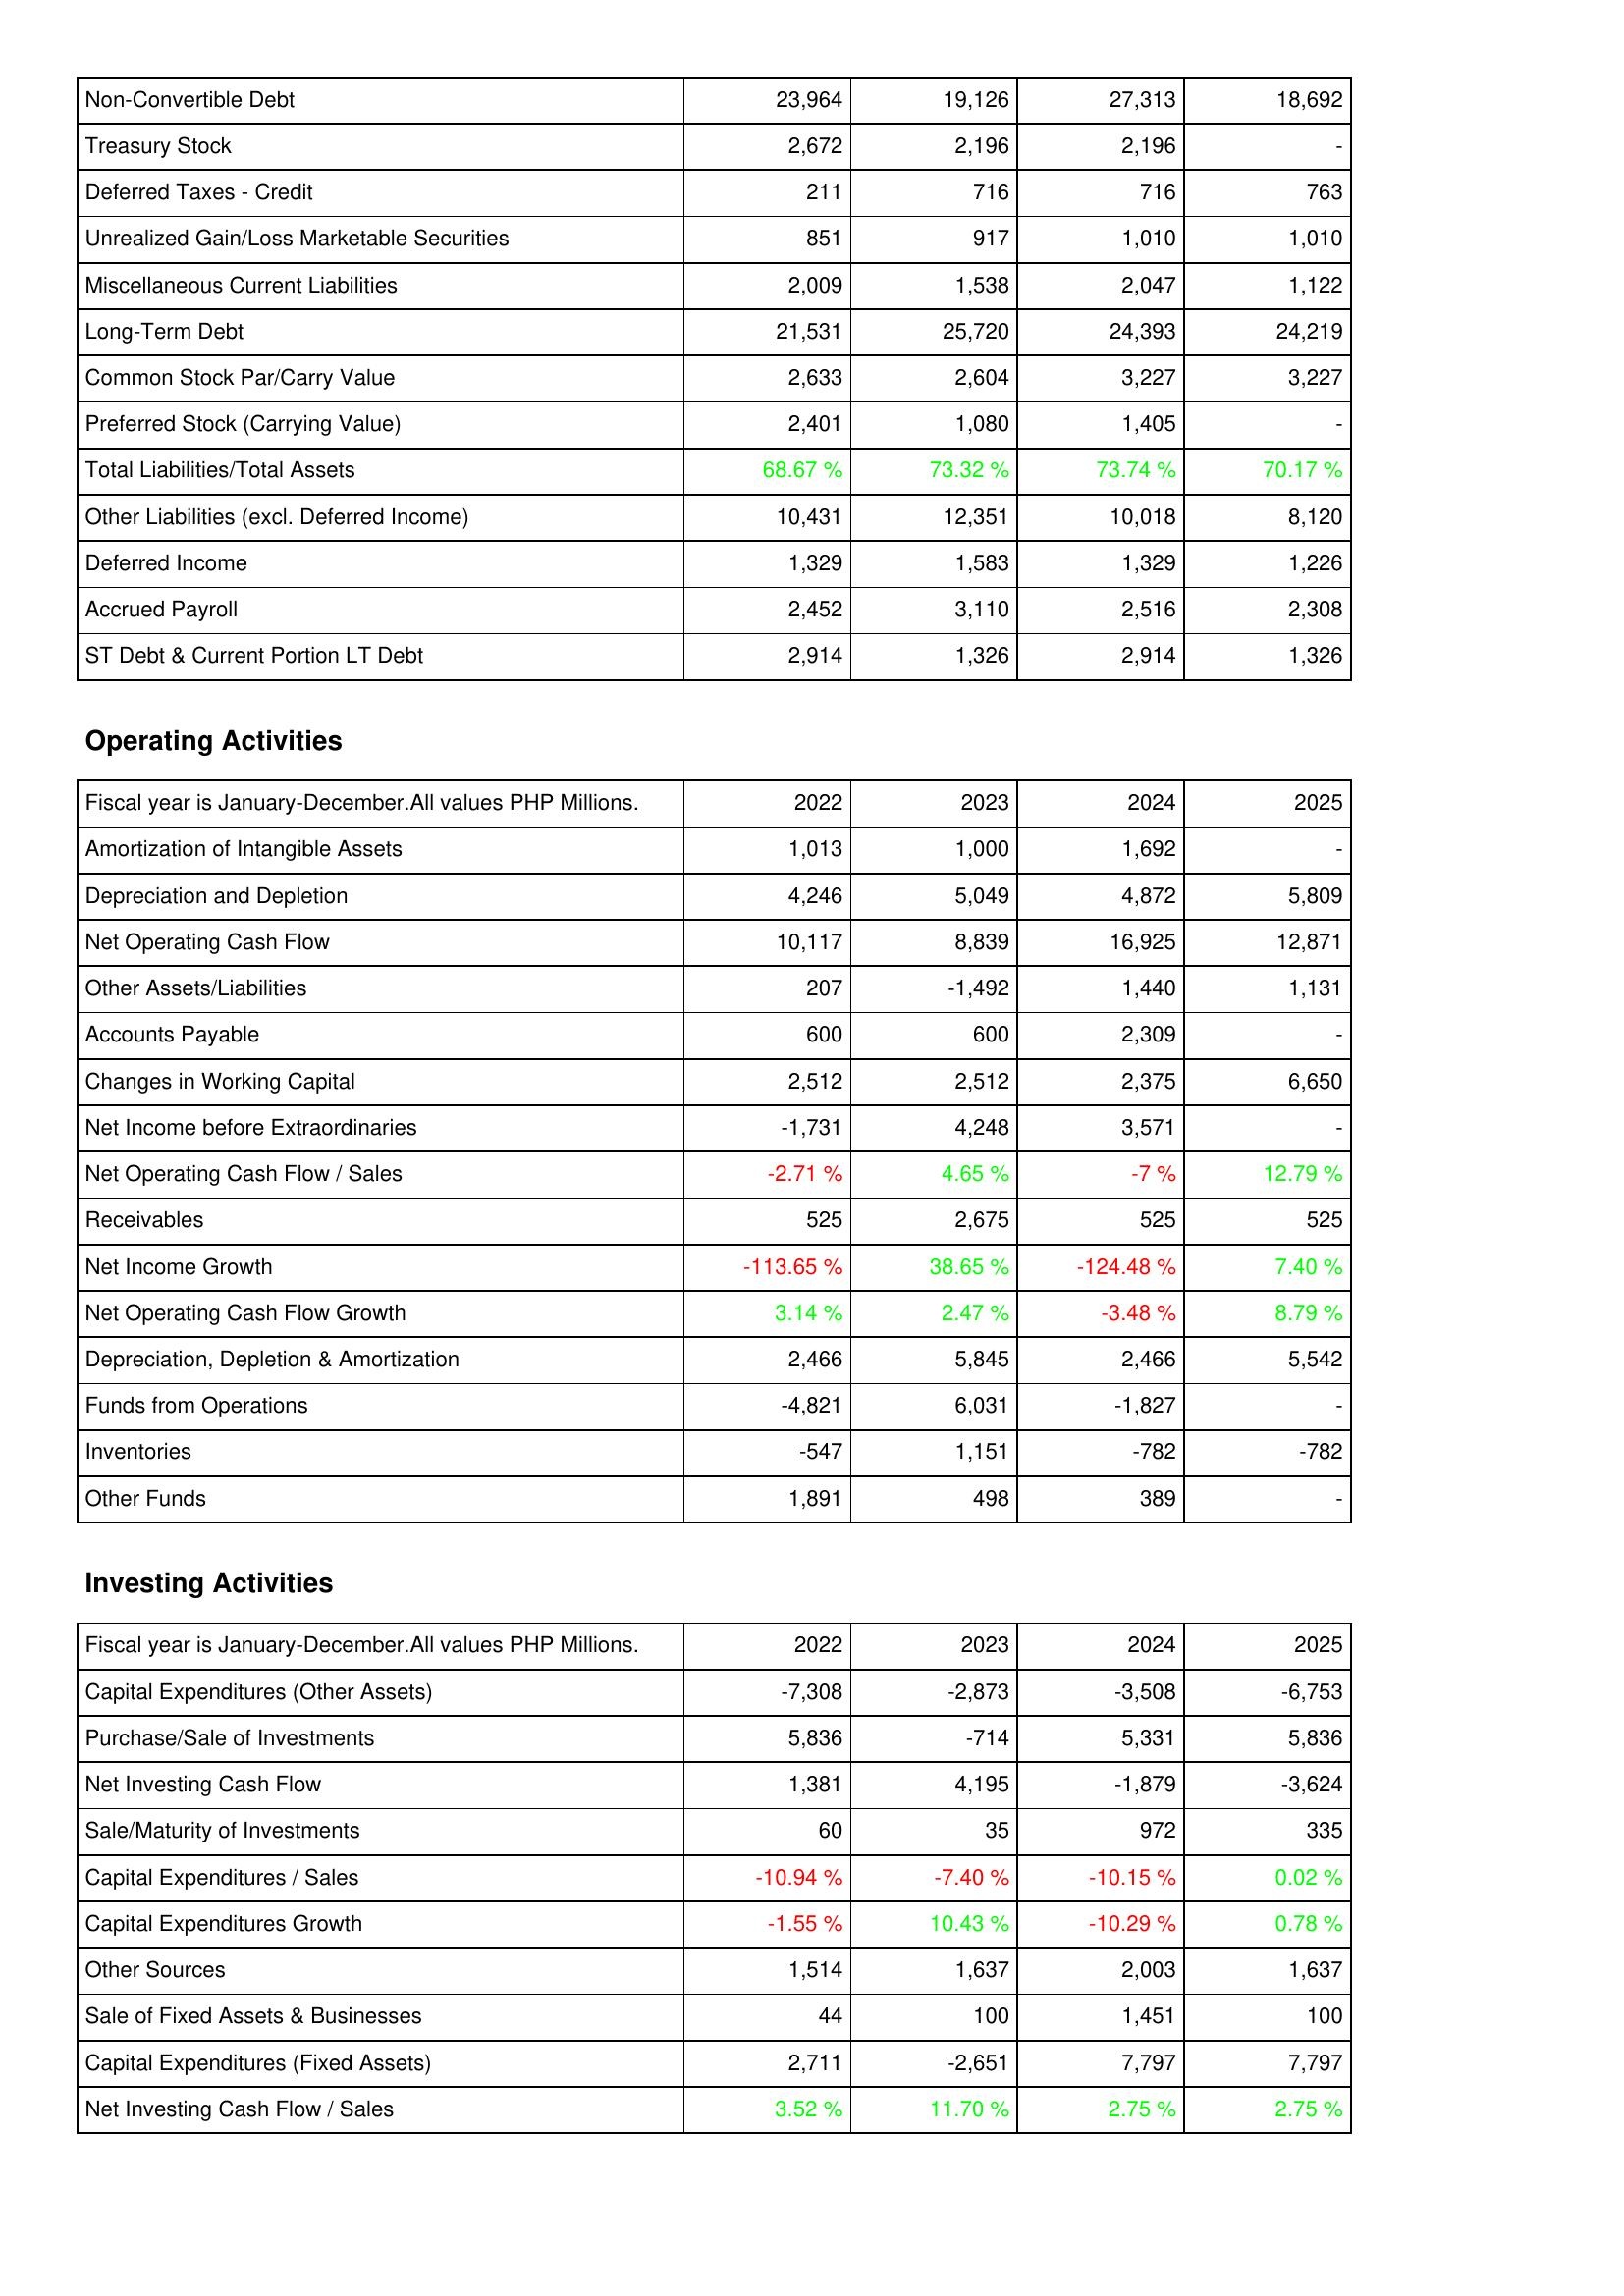
2022: Liabilities & Shareholders' Equity: Non-Convertible Debt: 23,964
Treasury Stock: 2,672
Deferred Taxes - Credit: 211
Unrealized Gain/Loss Marketable Securities: 851
Miscellaneous Current Liabilities: 2,009
Long-Term Debt: 21,531
Common Stock Par/Carry Value: 2,633
Preferred Stock (Carrying Value): 2,401
Total Liabilities/Total Assets: 68.67 %
Other Liabilities (excl. Deferred Income): 10,431
Deferred Income: 1,329
Accrued Payroll: 2,452
ST Debt & Current Portion LT Debt: 2,914
Operating Activities: Amortization of Intangible Assets: 1,013
Depreciation and Depletion: 4,246
Net Operating Cash Flow: 10,117
Other Assets/Liabilities: 207
Accounts Payable: 600
Changes in Working Capital: 2,512
Net Income before Extraordinaries: -1,731
Net Operating Cash Flow / Sales: -2.71 %
Receivables: 525
Net Income Growth: -113.65 %
Net Operating Cash Flow Growth: 3.14 %
Depreciation, Depletion & Amortization: 2,466
Funds from Operations: -4,821
Inventories: -547
Other Funds: 1,891
Investing Activities: Capital Expenditures (Other Assets): -7,308
Purchase/Sale of Investments: 5,836
Net Investing Cash Flow: 1,381
Sale/Maturity of Investments: 60
Capital Expenditures / Sales: -10.94 %
Capital Expenditures Growth: -1.55 %
Other Sources: 1,514
Sale of Fixed Assets & Businesses: 44
Capital Expenditures (Fixed Assets): 2,711
Net Investing Cash Flow / Sales: 3.52 %
2023: Liabilities & Shareholders' Equity: Non-Convertible Debt: 19,126
Treasury Stock: 2,196
Deferred Taxes - Credit: 716
Unrealized Gain/Loss Marketable Securities: 917
Miscellaneous Current Liabilities: 1,538
Long-Term Debt: 25,720
Common Stock Par/Carry Value: 2,604
Preferred Stock (Carrying Value): 1,080
Total Liabilities/Total Assets: 73.32 %
Other Liabilities (excl. Deferred Income): 12,351
Deferred Income: 1,583
Accrued Payroll: 3,110
ST Debt & Current Portion LT Debt: 1,326
Operating Activities: Amortization of Intangible Assets: 1,000
Depreciation and Depletion: 5,049
Net Operating Cash Flow: 8,839
Other Assets/Liabilities: -1,492
Accounts Payable: 600
Changes in Working Capital: 2,512
Net Income before Extraordinaries: 4,248
Net Operating Cash Flow / Sales: 4.65 %
Receivables: 2,675
Net Income Growth: 38.65 %
Net Operating Cash Flow Growth: 2.47 %
Depreciation, Depletion & Amortization: 5,845
Funds from Operations: 6,031
Inventories: 1,151
Other Funds: 498
Investing Activities: Capital Expenditures (Other Assets): -2,873
Purchase/Sale of Investments: -714
Net Investing Cash Flow: 4,195
Sale/Maturity of Investments: 35
Capital Expenditures / Sales: -7.40 %
Capital Expenditures Growth: 10.43 %
Other Sources: 1,637
Sale of Fixed Assets & Businesses: 100
Capital Expenditures (Fixed Assets): -2,651
Net Investing Cash Flow / Sales: 11.70 %
2024: Liabilities & Shareholders' Equity: Non-Convertible Debt: 27,313
Treasury Stock: 2,196
Deferred Taxes - Credit: 716
Unrealized Gain/Loss Marketable Securities: 1,010
Miscellaneous Current Liabilities: 2,047
Long-Term Debt: 24,393
Common Stock Par/Carry Value: 3,227
Preferred Stock (Carrying Value): 1,405
Total Liabilities/Total Assets: 73.74 %
Other Liabilities (excl. Deferred Income): 10,018
Deferred Income: 1,329
Accrued Payroll: 2,516
ST Debt & Current Portion LT Debt: 2,914
Operating Activities: Amortization of Intangible Assets: 1,692
Depreciation and Depletion: 4,872
Net Operating Cash Flow: 16,925
Other Assets/Liabilities: 1,440
Accounts Payable: 2,309
Changes in Working Capital: 2,375
Net Income before Extraordinaries: 3,571
Net Operating Cash Flow / Sales: -7 %
Receivables: 525
Net Income Growth: -124.48 %
Net Operating Cash Flow Growth: -3.48 %
Depreciation, Depletion & Amortization: 2,466
Funds from Operations: -1,827
Inventories: -782
Other Funds: 389
Investing Activities: Capital Expenditures (Other Assets): -3,508
Purchase/Sale of Investments: 5,331
Net Investing Cash Flow: -1,879
Sale/Maturity of Investments: 972
Capital Expenditures / Sales: -10.15 %
Capital Expenditures Growth: -10.29 %
Other Sources: 2,003
Sale of Fixed Assets & Businesses: 1,451
Capital Expenditures (Fixed Assets): 7,797
Net Investing Cash Flow / Sales: 2.75 %
2025: Liabilities & Shareholders' Equity: Non-Convertible Debt: 18,692
Treasury Stock: -
Deferred Taxes - Credit: 763
Unrealized Gain/Loss Marketable Securities: 1,010
Miscellaneous Current Liabilities: 1,122
Long-Term Debt: 24,219
Common Stock Par/Carry Value: 3,227
Preferred Stock (Carrying Value): -
Total Liabilities/Total Assets: 70.17 %
Other Liabilities (excl. Deferred Income): 8,120
Deferred Income: 1,226
Accrued Payroll: 2,308
ST Debt & Current Portion LT Debt: 1,326
Operating Activities: Amortization of Intangible Assets: -
Depreciation and Depletion: 5,809
Net Operating Cash Flow: 12,871
Other Assets/Liabilities: 1,131
Accounts Payable: -
Changes in Working Capital: 6,650
Net Income before Extraordinaries: -
Net Operating Cash Flow / Sales: 12.79 %
Receivables: 525
Net Income Growth: 7.40 %
Net Operating Cash Flow Growth: 8.79 %
Depreciation, Depletion & Amortization: 5,542
Funds from Operations: -
Inventories: -782
Other Funds: -
Investing Activities: Capital Expenditures (Other Assets): -6,753
Purchase/Sale of Investments: 5,836
Net Investing Cash Flow: -3,624
Sale/Maturity of Investments: 335
Capital Expenditures / Sales: 0.02 %
Capital Expenditures Growth: 0.78 %
Other Sources: 1,637
Sale of Fixed Assets & Businesses: 100
Capital Expenditures (Fixed Assets): 7,797
Net Investing Cash Flow / Sales: 2.75 %